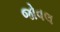
જોવલ